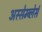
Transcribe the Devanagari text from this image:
अस्सेम्ब्लेर्स